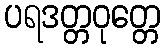
ပရဒတ္တဝုတ္တေ